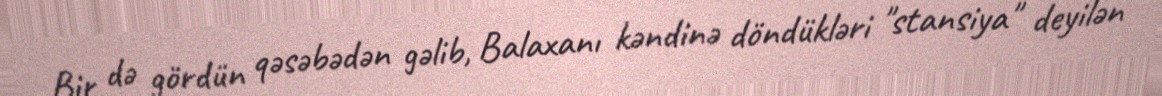
Bir də gördün qəsəbədən gəlib, Balaxanı kəndinə döndükləri "stansiya" deyilən